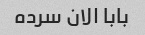
بابا الان سرده